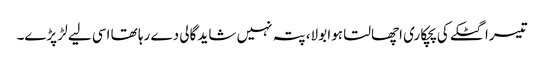
تیسرا گٹکے کی پچکاری اچھالتا ہوا بولا، پتہ نہیں شاید گالی دے رہا تھا اسی لیے لڑ پڑے۔